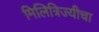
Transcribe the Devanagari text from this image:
मिलित्रिज्यीचा